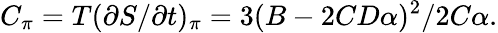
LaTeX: C_{\pi}=T(\partial{S}/\partial{t})_{\pi}=3(B-2CD\alpha)^{2}/2C\alpha.